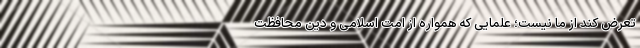
تعرض کند از ما نیست؛ علمایی که همواره از امت اسلامی و دین محافظت